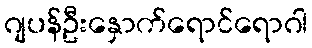
ဂျပန်ဦးနှောက်ရောင်ရောဂါ